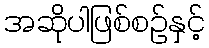
အဆိုပါဖြစ်စဉ်နှင့်